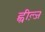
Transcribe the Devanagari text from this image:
ह्वील्ज़